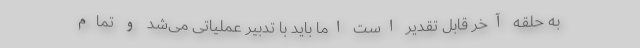
به حلقه آخر قابل تقدیر است اما باید با تدبیر عملیاتی می‌شد و تمام